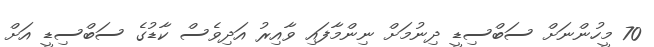
70 މީހުންނަށް ސަބްސިޑީ ދިނުމަށް ނިންމާފައި ވާއިރު އަދިވެސް ކާޑުގެ ސަބްސިޑީ އަށް